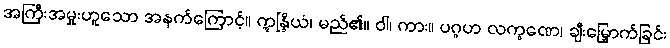
အကြီးအမှုးဟူသော အနက်ကြောင့်။ ဣန္ဒြိယံ၊ မည်၏။ ဝါ၊ ကား။ ပဂ္ဂဟ လက္ခဏေ၊ ချီးမြှောက်ခြင်း